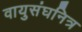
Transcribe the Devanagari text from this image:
वायुसंघनित्र